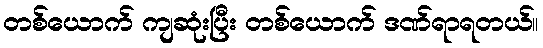
တစ်ယောက် ကျဆုံးပြီး တစ်ယောက် ဒဏ်ရာရတယ်။